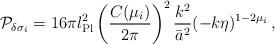
LaTeX: \begin{align*}{\cal P}_{\delta\sigma_i} = 16\pi l_{\rm Pl}^2 \left( {C(\mu_i) \over 2\pi} \right)^2 {k^2\over\bar{a}^2} (-k\eta)^{1-2\mu_i} \, ,\end{align*}